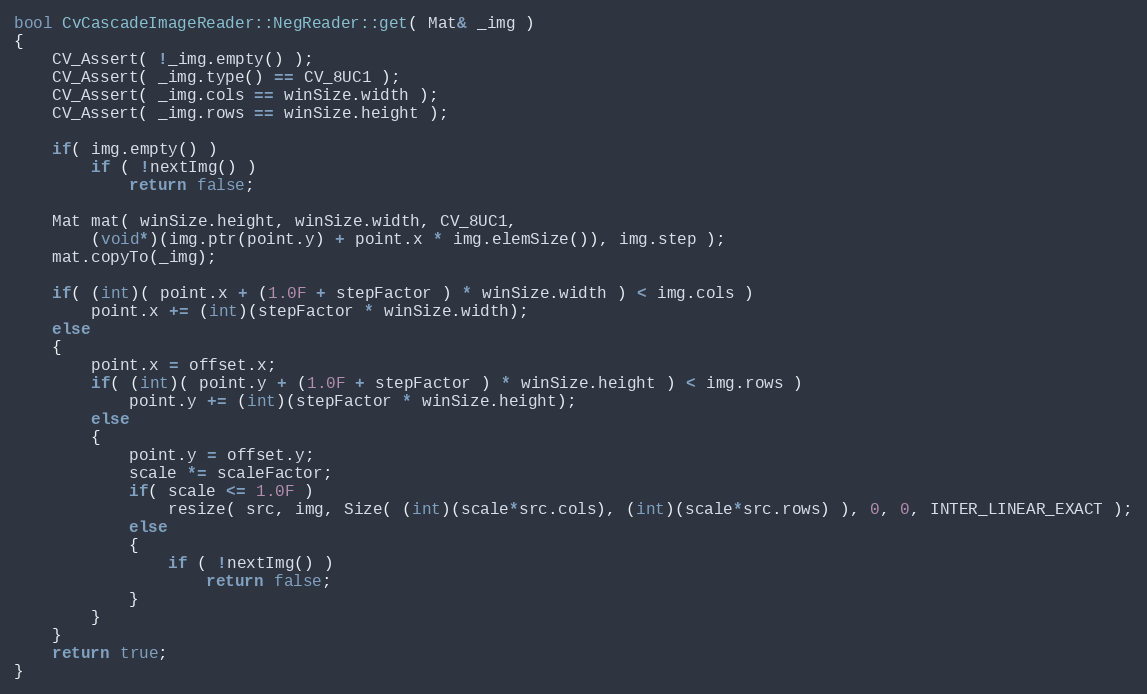
Language: C++
bool CvCascadeImageReader::NegReader::get( Mat& _img )
{
    CV_Assert( !_img.empty() );
    CV_Assert( _img.type() == CV_8UC1 );
    CV_Assert( _img.cols == winSize.width );
    CV_Assert( _img.rows == winSize.height );

    if( img.empty() )
        if ( !nextImg() )
            return false;

    Mat mat( winSize.height, winSize.width, CV_8UC1,
        (void*)(img.ptr(point.y) + point.x * img.elemSize()), img.step );
    mat.copyTo(_img);

    if( (int)( point.x + (1.0F + stepFactor ) * winSize.width ) < img.cols )
        point.x += (int)(stepFactor * winSize.width);
    else
    {
        point.x = offset.x;
        if( (int)( point.y + (1.0F + stepFactor ) * winSize.height ) < img.rows )
            point.y += (int)(stepFactor * winSize.height);
        else
        {
            point.y = offset.y;
            scale *= scaleFactor;
            if( scale <= 1.0F )
                resize( src, img, Size( (int)(scale*src.cols), (int)(scale*src.rows) ), 0, 0, INTER_LINEAR_EXACT );
            else
            {
                if ( !nextImg() )
                    return false;
            }
        }
    }
    return true;
}